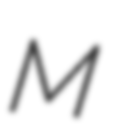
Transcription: M